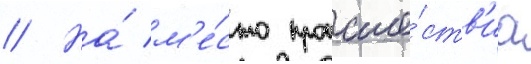
// На́ м'е́сто происше́ств'иа